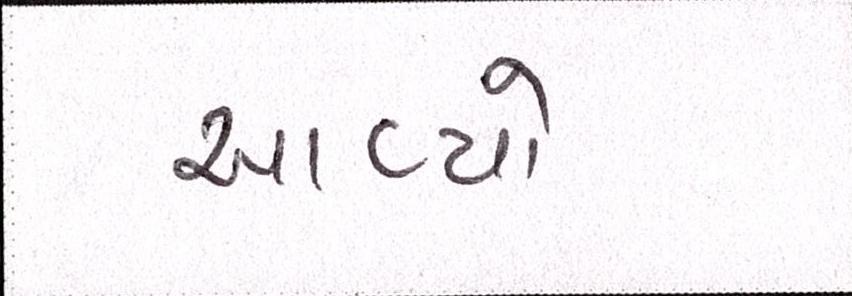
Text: આવ્યો